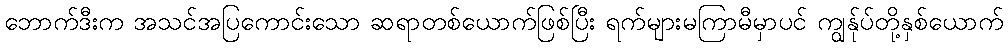
ဘောက်ဒီးက အသင်အပြကောင်းသော ဆရာတစ်ယောက်ဖြစ်ပြီး ရက်များမကြာမီမှာပင် ကျွန်ုပ်တို့နှစ်ယောက်